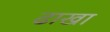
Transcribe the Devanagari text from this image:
ढाखा